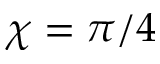
\chi = \pi / 4